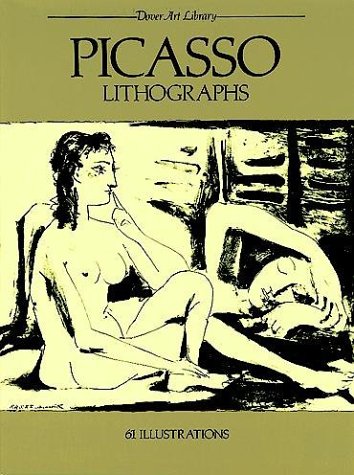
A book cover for Picasso Lithographs (Dover Art Library); Pablo Picasso; Arts & Photography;